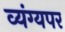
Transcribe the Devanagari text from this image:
व्यंग्यपर